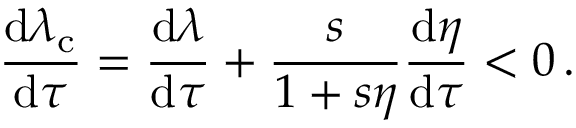
\frac { \mathrm { d } \lambda _ { \mathrm { c } } } { \mathrm { d } \tau } = \frac { \mathrm { d } \lambda } { \mathrm { d } \tau } + \frac { s } { 1 + s \eta } \frac { \mathrm { d } \eta } { \mathrm { d } \tau } < 0 \, .